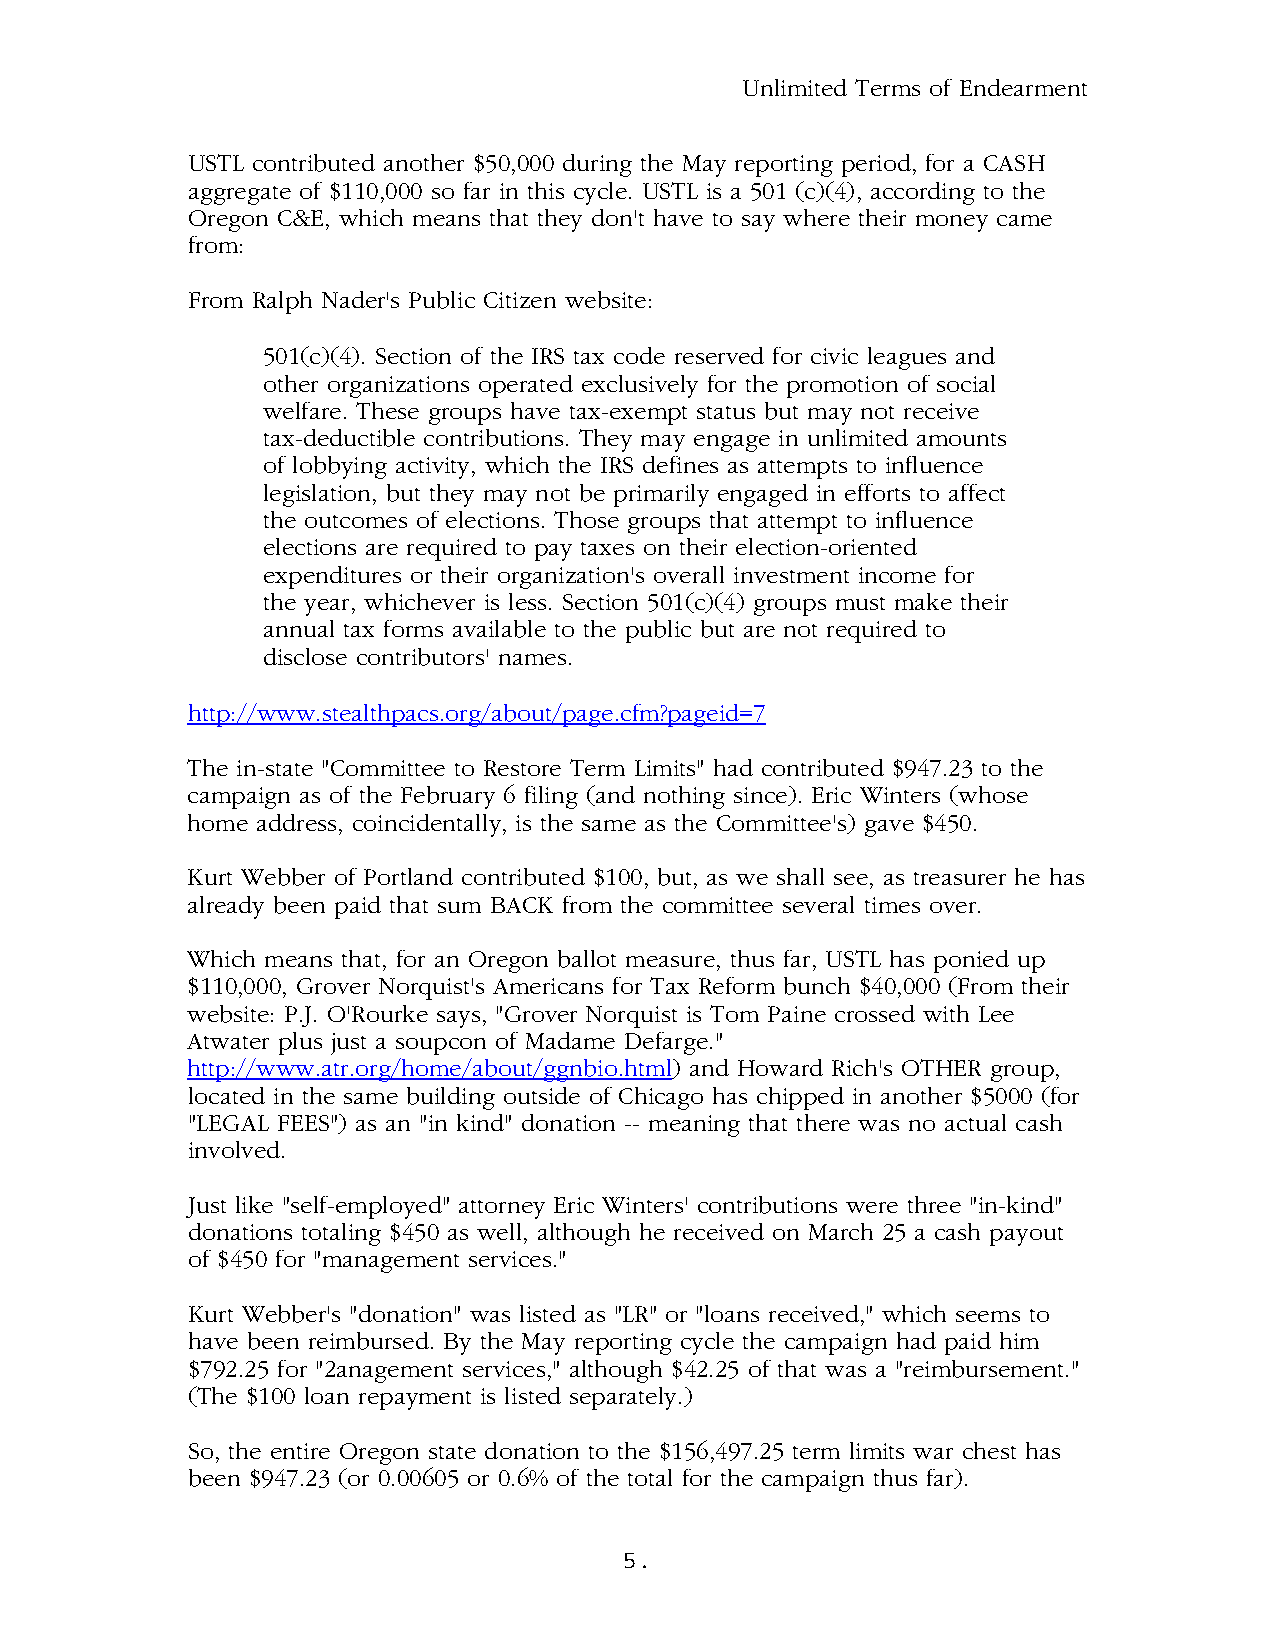
Unlimited Terms of Endearment
 USTL contributed another $50,000 during the May reporting period, for a CASH
 aggregate of $110,000 so far in this cycle. USTL is a 501 (c)(4), according to the
 Oregon C&E, which means that they don't have to say where their money came
 from:
 From Ralph Nader's Public Citizen website:
 501(c)(4). Section of the IRS tax code reserved for civic leagues and
 other organizations operated exclusively for the promotion of social
 welfare. These groups have tax-exempt status but may not receive
 tax-deductible contributions. They may engage in unlimited amounts
 of lobbying activity, which the IRS defines as attempts to influence
 legislation, but they may not be primarily engaged in efforts to affect
 the outcomes of elections. Those groups that attempt to influence
 elections are required to pay taxes on their election-oriented
 expenditures or their organization's overall investment income for
 the year, whichever is less. Section 501(c)(4) groups must make their
 annual tax forms available to the public but are not required to
 disclose contributors' names.
 http://www.stealthpacs.org/about/page.cfm?pageid=7
 The in-state "Committee to Restore Term Limits" had contributed $947.23 to the
 campaign as of the February 6 filing (and nothing since). Eric Winters (whose
 home address, coincidentally, is the same as the Committee's) gave $450.
 Kurt Webber of Portland contributed $100, but, as we shall see, as treasurer he has
 already been paid that sum BACK from the committee several times over.
 Which means that, for an Oregon ballot measure, thus far, USTL has ponied up
 $110,000, Grover Norquist's Americans for Tax Reform bunch $40,000 (From their
 website: P.J. O'Rourke says, "Grover Norquist is Tom Paine crossed with Lee
 Atwater plus just a soupcon of Madame Defarge."
 http://www.atr.org/home/about/ggnbio.html) and Howard Rich's OTHER group,
 located in the same building outside of Chicago has chipped in another $5000 (for
 "LEGAL FEES") as an "in kind" donation -- meaning that there was no actual cash
 involved.
 Just like "self-employed" attorney Eric Winters' contributions were three "in-kind"
 donations totaling $450 as well, although he received on March 25 a cash payout
 of $450 for "management services."
 Kurt Webber's "donation" was listed as "LR" or "loans received," which seems to
 have been reimbursed. By the May reporting cycle the campaign had paid him
 $792.25 for "2anagement services," although $42.25 of that was a "reimbursement."
 (The $100 loan repayment is listed separately.)
 So, the entire Oregon state donation to the $156,497.25 term limits war chest has
 been $947.23 (or 0.00605 or 0.6% of the total for the campaign thus far).
 5.